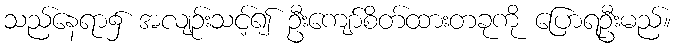
သည်နေရာ၌ အလျဉ်းသင့်၍ ဦးကျော်စိတ်ထားတခုကို ပြောရဦးမည်။